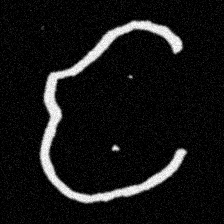
Pyu character \u2014 Myanmar letter: င (romanized: nga)